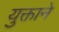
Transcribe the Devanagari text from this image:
युक्ताने